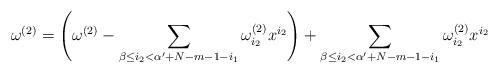
LaTeX: \begin{align*}\omega^{(2)} = \left(\omega^{(2)} - \sum_{\beta \le i_2 < \alpha^\prime+N-m-1-i_1} \omega^{(2)}_{i_2} x^{i_2}\right) + \sum_{\beta \le i_2 < \alpha^\prime+N-m-1-i_1} \omega^{(2)}_{i_2} x^{i_2}\end{align*}